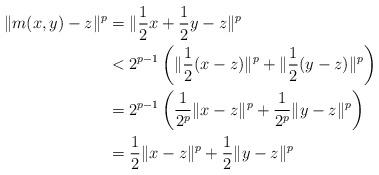
LaTeX: \begin{align*} \|m(x,y)-z\|^p &= \|\frac{1}{2}x+\frac{1}{2}y-z\|^p \\ &< 2^{p-1}\left(\|\frac{1}{2}(x-z)\|^p+\|\frac{1}{2}(y-z)\|^p\right)\\ &= 2^{p-1}\left(\frac{1}{2^p}\|x-z\|^p+\frac{1}{2^p}\|y-z\|^p\right)\\ &= \frac{1}{2}\|x-z\|^p+\frac{1}{2}\|y-z\|^p \end{align*}